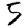
Digit: 5